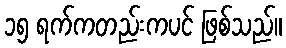
၁၅ ရက်ကတည်းကပင် ဖြစ်သည်။